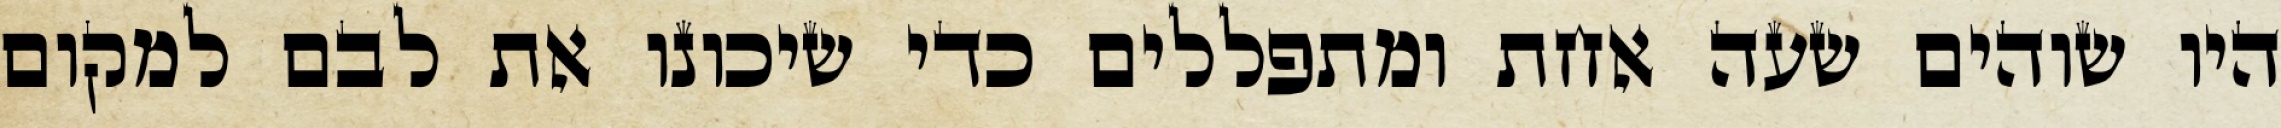
היו שוהים שעה אחת ומתפללים כדי שיכונו את לבם למקום